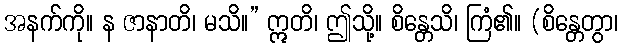
အနက်ကို။ န ဇာနာတိ၊ မသိ။” ဣတိ၊ ဤသို့။ စိန္တေသိ၊ ကြံ၏။ (စိန္တေတွာ၊